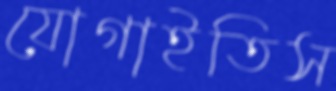
যোগাইতিস